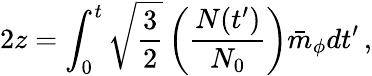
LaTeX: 2z=\int_{0}^{t}\sqrt{\frac{3}{2}}\left(\frac{N(t^{\prime})}{N_{0}}\right)\bar{m}_{\phi}dt^{\prime}\, ,